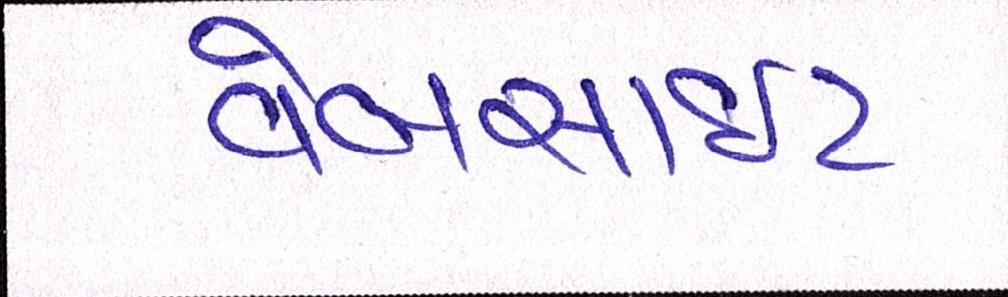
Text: વેબસાઈટ